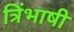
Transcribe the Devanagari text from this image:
त्रिंभाषी